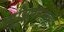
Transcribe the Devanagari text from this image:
म्यूझियममध्ये